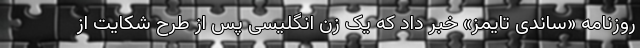
روزنامه «ساندی تایمز» خبر داد که یک زن انگلیسی پس از طرح شکایت از